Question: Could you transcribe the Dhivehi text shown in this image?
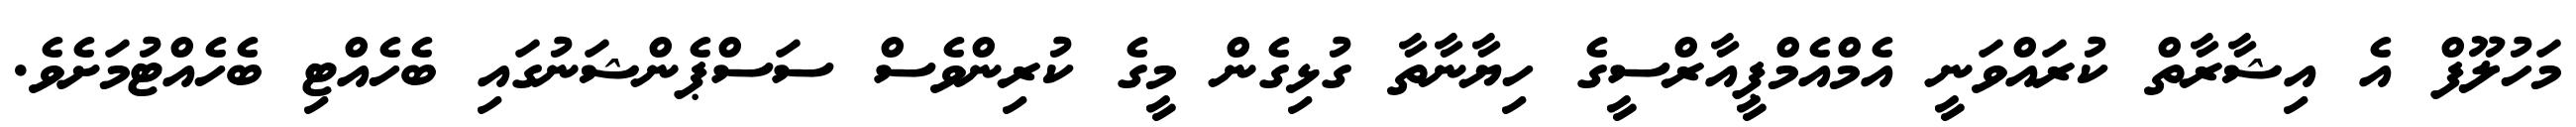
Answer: މަހުލޫފް އެ އިޝާރާތް ކުރައްވަނީ އެމްއެމްޕީއާރްސީގެ ހިޔާނާތާ ގުޅިގެން މީގެ ކުރިންވެސް ސަސްޕެންޝަނުގައި ބެހެއްޓި ބެހެއްޓުމަށެވެ.